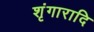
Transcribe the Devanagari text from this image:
शृंगारादि